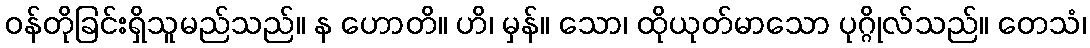
ဝန်တိုခြင်းရှိသူမည်သည်။ န ဟောတိ။ ဟိ၊ မှန်။ သော၊ ထိုယုတ်မာသော ပုဂ္ဂိုလ်သည်။ တေသံ၊